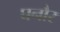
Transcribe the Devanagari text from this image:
घनौर